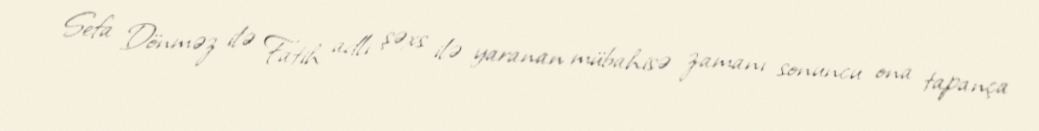
Sefa Dönməz ilə Fatih adlı şəxs ilə yaranan mübahisə zamanı sonuncu ona tapança